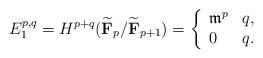
LaTeX: \begin{align*}E_1^{p,q}=H^{p+q}( \widetilde{\mathbf F}_p/ \widetilde{\mathbf F}_{p+1}) = \left\{\begin{array}{ll}\mathfrak m^p & q , \\0 & q .\end{array} \right.\end{align*}